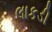
લાકડી